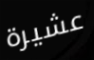
عشيرة